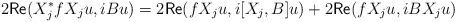
LaTeX: \begin{align*}2\mathsf{Re}(X_j^* f X_ju,iBu)=2\mathsf{Re}( f X_ju,i[X_j,B] u)+2\mathsf{Re}(f X_ju,iB X_ju)\end{align*}